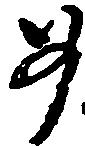
如